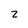
Character: 2